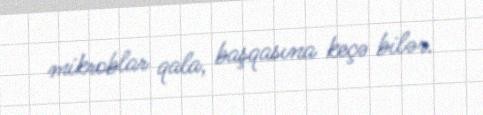
mikroblar qala, başqasına keçə bilər.